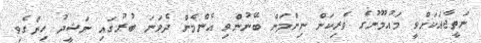
ނަތީޖާއަކަށްވީ މައުމޫނުގެ ވެރިކަން ނިންމަން ބޭނުންވި އެންމެން ދެވަނަ ބުރުގައި ނަޝީދު ހިންގެވި